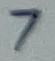
Text: 7